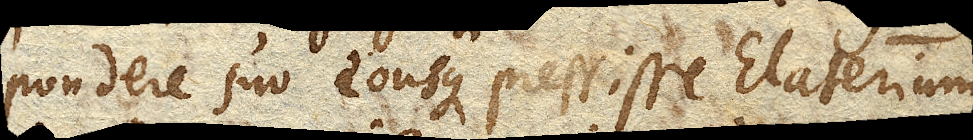
pondere suo eousque pressisse Elaterium